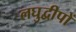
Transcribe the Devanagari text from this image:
लघुद्वीपों